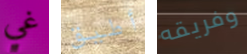
غي أطيق وفريقه